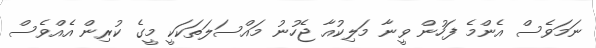
ނަމަވެސް އެންމެ ފަހުން ވީނާ މަލިކުއާ ޖެހުނު މައްސަލަތަކަކީ މީގެ ކުރިން އެއްވެސް